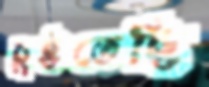
চুইতেছি